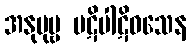
အနုပုဗ္ဗ ပဋိပါဋိဝသေန